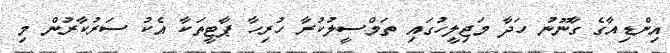
އިންޑިއާގެ ގާނޫނު ހަދާ މަޖިލީހުގައި ތަމްސީލުކުރާ ހުރިހާ ޕާޓީތަކާ އެކު ސަރުކާރުން މި